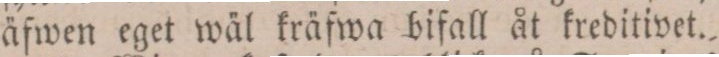
äfwen eget wäl kräfwa bifall åt kreditivet.